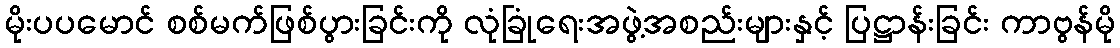
မိုးပပမောင် စစ်မက်ဖြစ်ပွားခြင်းကို လုံခြုံရေးအဖွဲ့အစည်းများနှင့် ပြဋ္ဌာန်းခြင်း ကာဗွန်မို